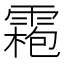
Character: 𩄃